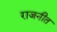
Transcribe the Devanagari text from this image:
राजनीत